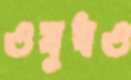
ওষুধও